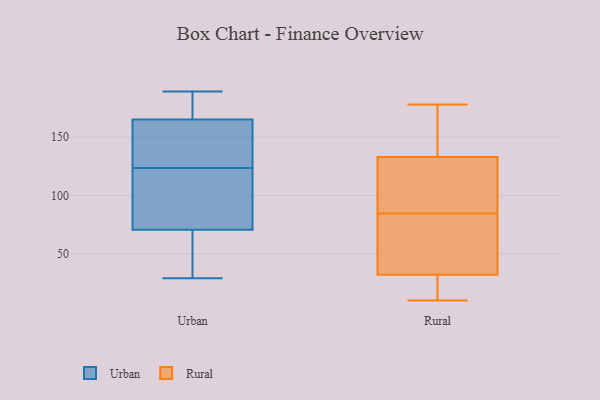
{"axis": {"x": "Churn Rate (%)", "y": "Value"}, "legend": ["Rural", "Urban"], "data": [{"x": "", "y": 144, "type": "Urban"}, {"x": "", "y": 170, "type": "Urban"}, {"x": "", "y": 92, "type": "Urban"}, {"x": "", "y": 29, "type": "Urban"}, {"x": "", "y": 126, "type": "Urban"}, {"x": "", "y": 161, "type": "Urban"}, {"x": "", "y": 189, "type": "Urban"}, {"x": "", "y": 121, "type": "Urban"}, {"x": "", "y": 102, "type": "Urban"}, {"x": "", "y": 49, "type": "Urban"}, {"x": "", "y": 169, "type": "Urban"}, {"x": "", "y": 44, "type": "Urban"}, {"x": "", "y": 35, "type": "Rural"}, {"x": "", "y": 133, "type": "Rural"}, {"x": "", "y": 98, "type": "Rural"}, {"x": "", "y": 10, "type": "Rural"}, {"x": "", "y": 85, "type": "Rural"}, {"x": "", "y": 145, "type": "Rural"}, {"x": "", "y": 22, "type": "Rural"}, {"x": "", "y": 28, "type": "Rural"}, {"x": "", "y": 123, "type": "Rural"}, {"x": "", "y": 32, "type": "Rural"}, {"x": "", "y": 159, "type": "Rural"}, {"x": "", "y": 178, "type": "Rural"}, {"x": "", "y": 75, "type": "Rural"}, {"x": "", "y": 84, "type": "Rural"}]}